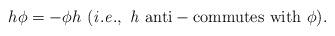
LaTeX: \begin{align*}h\phi=-\phi h\,\,{\rm({\it i.e.},\,\, {\it h}\,\, anti-commutes\,\, with\,\, \phi).}\end{align*}